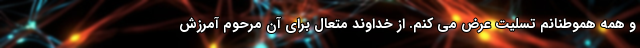
و همه هموطنانم تسلیت عرض می کنم. از خداوند متعال برای آن مرحوم آمرزش